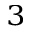
_ { 3 }